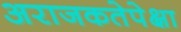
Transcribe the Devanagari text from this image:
अराजकतेपेक्षा